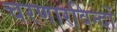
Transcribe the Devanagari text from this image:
चरणारविन्दों